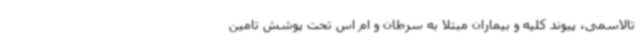
تالاسمی، پیوند کلیه و بیماران مبتلا به سرطان و ام اس تحت پوشش تامین